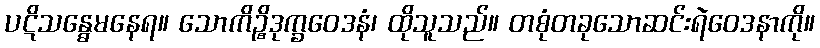
ပဋိသန္ဓေမနေရ။ သောကိဉ္စိဒုက္ခဝေဒနံ၊ ထိုသူသည်။ တစုံတခုသောဆင်းရဲဝေဒနာကို။